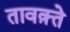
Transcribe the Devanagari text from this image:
तावक़्ते